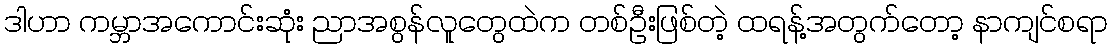
ဒါဟာ ကမ္ဘာအကောင်းဆုံး ညာအစွန်လူတွေထဲက တစ်ဦးဖြစ်တဲ့ ထရန့်အတွက်တော့ နာကျင်စရာ